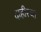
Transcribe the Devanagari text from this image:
दाहीरचा